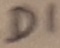
Text: D1